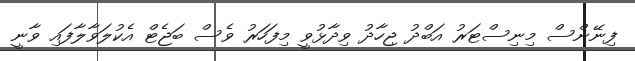
ފިނޭންސް މިނިސްޓަރު އަބްދު ޖިހާދު ވިދާޅުވީ މިފަހަރު ވެސް ބަޖެޓް އެކުލަވާލާފައި ވާނީ